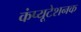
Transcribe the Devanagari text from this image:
कंप्यूटेशनक